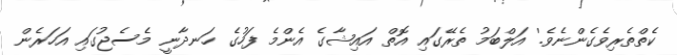
ކެތްތެރިވެގެންނެވެ.' އަލްބަމު ތެރޭގައި އޮތް އައިޝާގެ އެންމެ ފަހުގެ ހަނދާނީ މެސެޖުގައި އަހަރެން